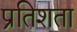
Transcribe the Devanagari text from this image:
प्रतिशता